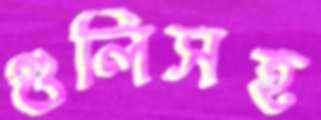
গুলিসহ